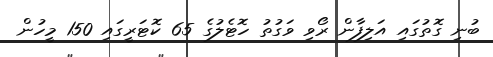
ބުނި ގޮތުގައި އަލިފާން ރޯވި ވަގުތު ހޮޓެލުގެ 65 ކޮޓަރީގައި 150 މީހުން